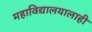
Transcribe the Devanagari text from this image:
महाविद्यालयालाही